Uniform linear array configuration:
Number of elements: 24
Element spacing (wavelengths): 0.75
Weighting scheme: blackman
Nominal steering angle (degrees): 0
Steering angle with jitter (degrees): -1.728
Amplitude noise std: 0.05
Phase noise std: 0.05

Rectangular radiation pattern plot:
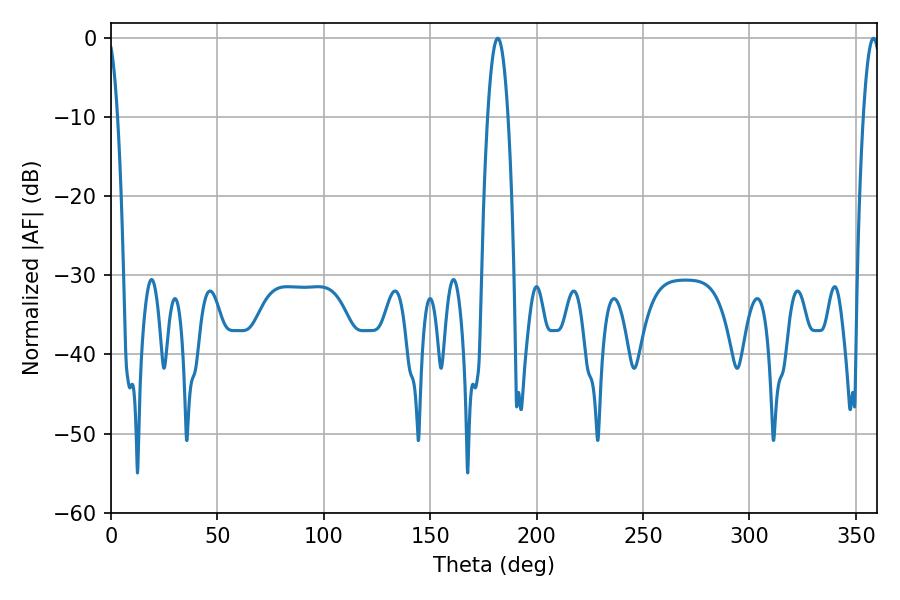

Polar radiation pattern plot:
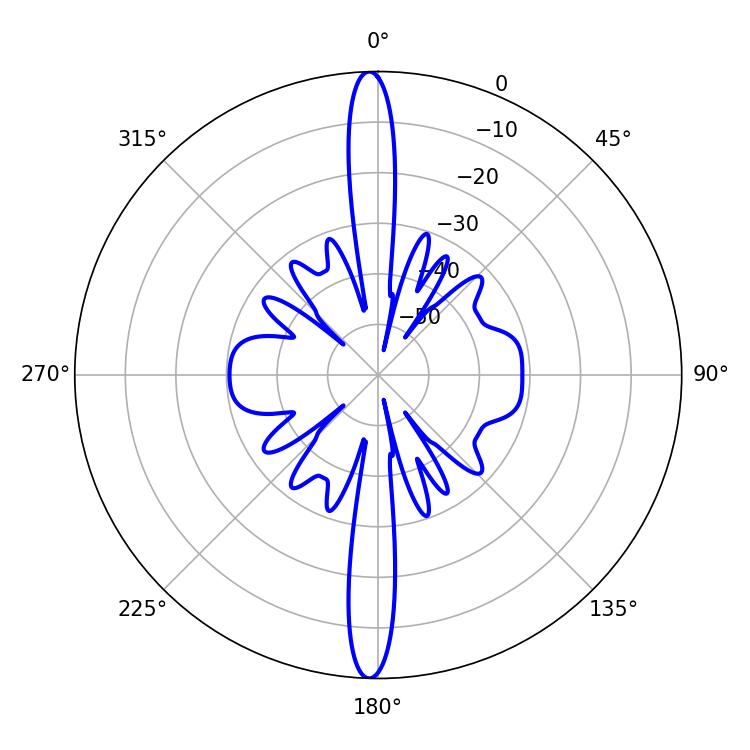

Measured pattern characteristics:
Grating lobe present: TRUE
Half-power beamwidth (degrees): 5.22
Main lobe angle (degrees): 181.8